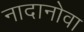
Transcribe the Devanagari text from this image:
नादानोवा